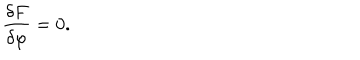
\frac { \delta F } { \delta \varphi } = 0 .